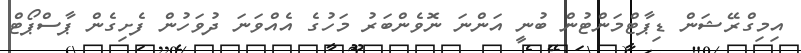
އިމިގްރޭޝަން ޑިޕާޓްމަންޓުން ބުނީ އަންނަ ނޮވެންބަރު މަހުގެ އެއްވަނަ ދުވަހުން ފެށިގެން ޕާސްޕޯޓް